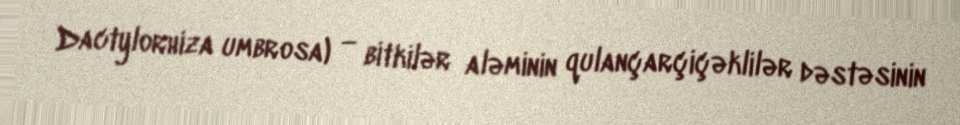
Dactylorhiza umbrosa) — bitkilər aləminin qulançarçiçəklilər dəstəsinin